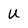
Character: U